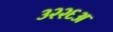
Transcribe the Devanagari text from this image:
३२२६अ